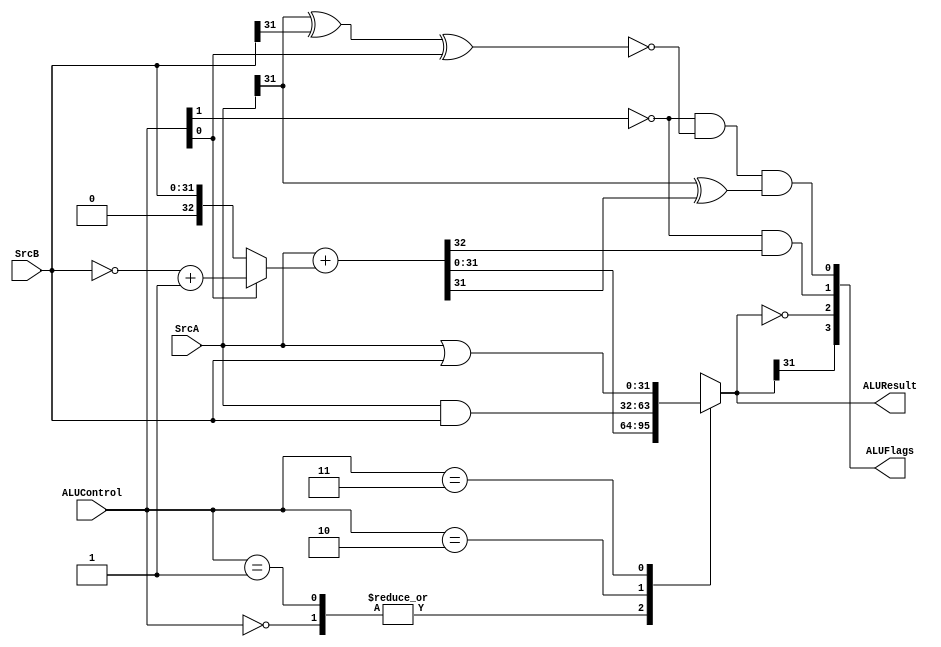
module alu(SrcA,SrcB,ALUControl,ALUResult,ALUFlags);
//Input and outputs
input [31:0] SrcA,SrcB;
input [1:0] ALUControl;
output wire [3:0] ALUFlags;
output reg [31:0] ALUResult; //Resultado de 8 bits, 1 bit para el signo y los 4 bits para la suma de los numeros

//Wire and reg
wire  neg,zero,carry,overflow;
wire [32:0] sum; //Un bit adicional para el overflow

assign sum = SrcA + (ALUControl[0] ? (~SrcB+1): SrcB ); 

always @(*)
begin
    case(ALUControl)
        2'b00: ALUResult  = sum;
        2'b01: ALUResult  = sum;
        2'b10: ALUResult = SrcA&SrcB;
        2'b11: ALUResult = SrcA | SrcB;
    endcase
end

assign neg      = ALUResult[31];
assign zero     = ALUResult == 0;
assign carry    = ~ALUControl[1] & sum[32];
assign overflow = ~ALUControl[1] & ~(SrcA[31] ^ SrcB[31] ^ ALUControl[0]) & (SrcA[31] ^ sum[31]);

assign ALUFlags = {neg, zero, carry, overflow};

endmodule